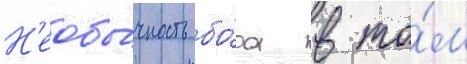
Н'еобы́чность бо́ра в то́м